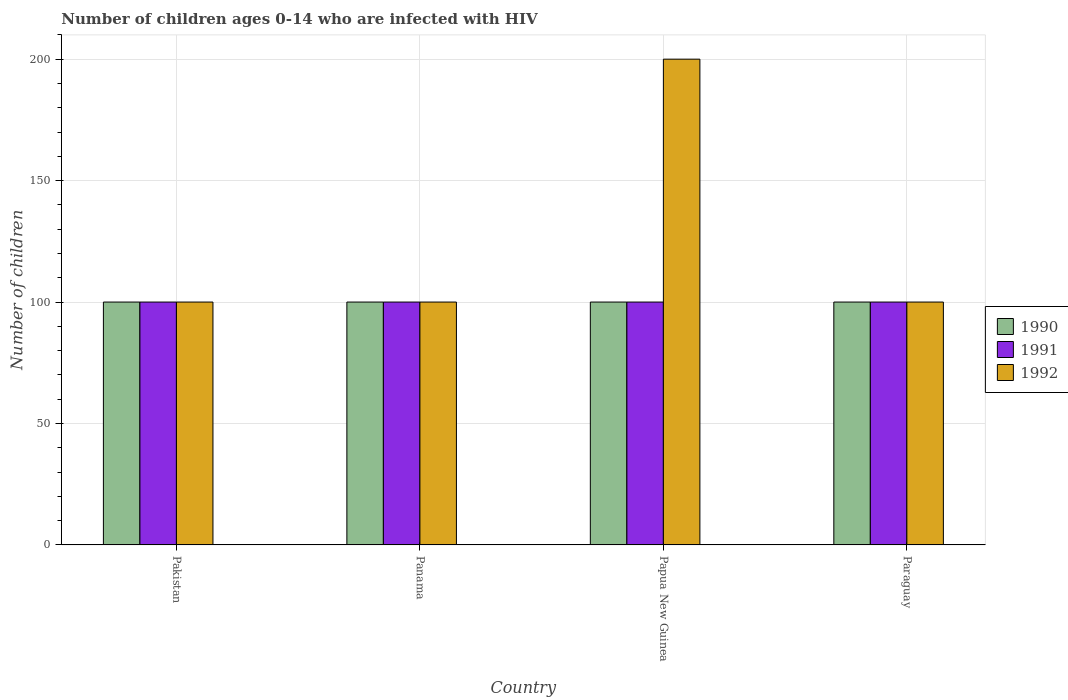
| Country | 1990 | 1991 | 1992 |
 | --- | --- | --- | --- |
 | Pakistan | 100 | 100 | 100 |
 | Panama | 100 | 100 | 100 |
 | Papua New Guinea | 100 | 100 | 200 |
 | Paraguay | 100 | 100 | 100 |